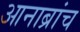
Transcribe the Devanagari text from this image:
आनाब्रांच